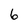
Character: 6